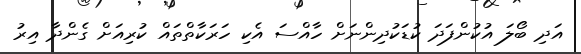
އަދި ބޯލަ އުކުންފަދަ ކުޑަކުދިންނަށް ހާއްސަ އެކި ހަރަކާތްތައް ކުރިއަށް ގެންދާ އިރު